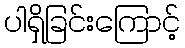
ပါရှိခြင်းကြောင့်